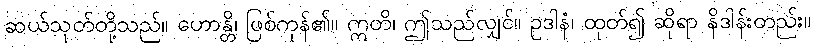
ဆယ်သုတ်တို့သည်။ ဟောန္တိ၊ ဖြစ်ကုန်၏။ ဣတိ၊ ဤသည်လျှင်။ ဥဒါနံ၊ ထုတ်၍ ဆိုရာ နိဒါန်းတည်း။